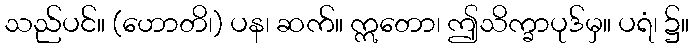
သည်ပင်။ (ဟောတိ၊) ပန၊ ဆက်။ ဣတော၊ ဤသိက္ခာပုဒ်မှ။ ပရံ၊ ၌။